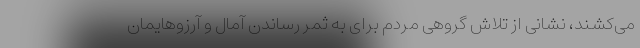
می‌کشند، نشانی از تلاش گروهی مردم برای به ثمر رساندن آمال و آرزوهایمان